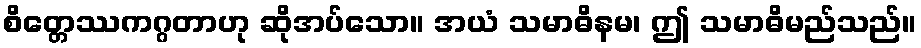
စိတ္တေဿကဂ္ဂတာဟု ဆိုအပ်သော။ အယံ သမာဓိနမ၊ ဤ သမာဓိမည်သည်။